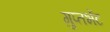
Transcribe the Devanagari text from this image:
गुप्तभेंट